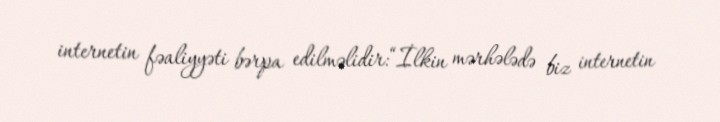
internetin fəaliyyəti bərpa edilməlidir:“İlkin mərhələdə biz internetin